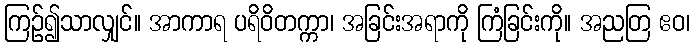
ကြဉ်၍သာလျှင်။ အာကာရ ပရိဝိတက္ကာ၊ အခြင်းအရာကို ကြံခြင်းကို။ အညတြ ဧဝ၊